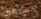
السارقين